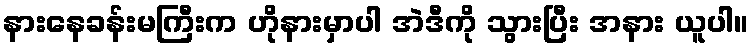
နားနေခန်းမကြီးက ဟိုနားမှာပါ အဲဒီကို သွားပြီး အနား ယူပါ။